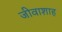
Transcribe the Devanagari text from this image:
जीवाशाह